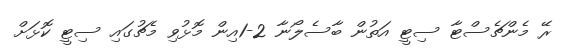
ރޭ މެންޗެސްޓާ ސިޓީ އަތުން ބާސެލޯނާ 2-1އިން މޮޅުވި މެޗުގައި ސިޓީ ކޮޅަށް